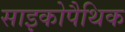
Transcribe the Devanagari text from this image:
साइकोपैथिक